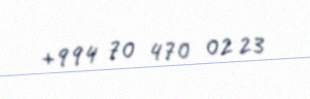
+994 70 470 02 23